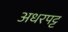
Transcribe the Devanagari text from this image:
अधरपट्ट